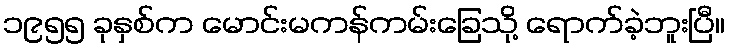
၁၉၅၅ ခုနှစ်က မောင်းမကန်ကမ်းခြေသို့ ရောက်ခဲ့ဘူးပြီ။